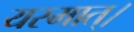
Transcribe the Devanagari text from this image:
यस्मात्।